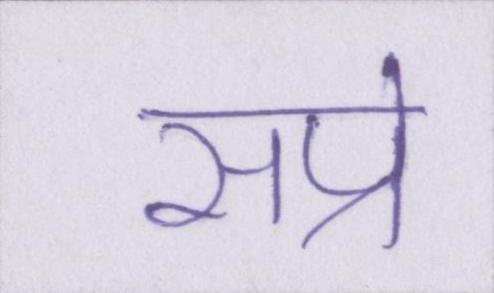
सप्रे